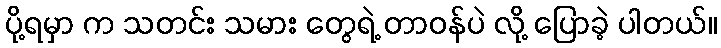
ပို့ရမှာ က သတင်း သမား တွေရဲ့ တာဝန်ပဲ လို့ ပြောခဲ့ ပါတယ်။